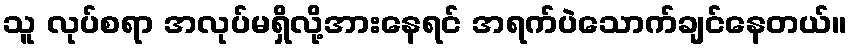
သူ လုပ်စရာ အလုပ်မရှိလို့အားနေရင် အရက်ပဲသောက်ချင်နေတယ်။